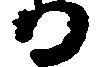
る